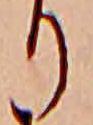
り